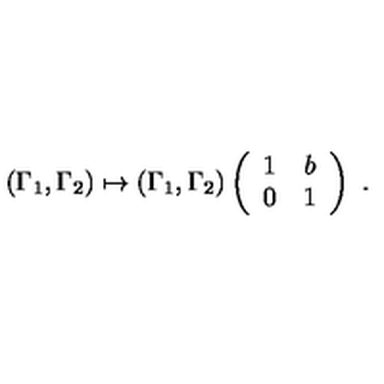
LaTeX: ( \Gamma _ { 1 } , \Gamma _ { 2 } ) \mapsto ( \Gamma _ { 1 } , \Gamma _ { 2 } ) \left( \begin{array} { c c } { 1 } & { b } \\ { 0 } & { 1 } \\ \end{array} \right) \ .